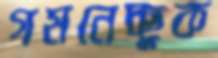
গমনেচ্ছুক